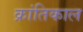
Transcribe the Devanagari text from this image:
क्रांतिकाल